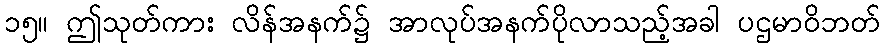
၁၅။ ဤသုတ်ကား လိန်အနက်၌ အာလုပ်အနက်ပိုလာသည့်အခါ ပဌမာဝိဘတ်